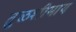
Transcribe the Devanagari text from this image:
तुळशीमाय